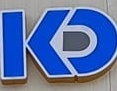
KD